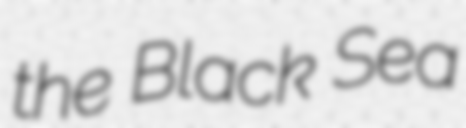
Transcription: the Black Sea